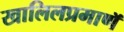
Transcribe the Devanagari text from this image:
खालिलप्रमाणॅ